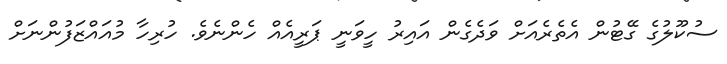
ސުކޫލުގެ ގޭޓުން އެތެރެއަށް ވަދެގެން އައިރު ހީވަނީ ޕަރީއެއް ހެންނެވެ. ހުރިހާ މުއައްޒަފުންނަށް